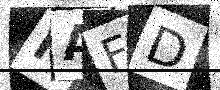
Text: NAFD